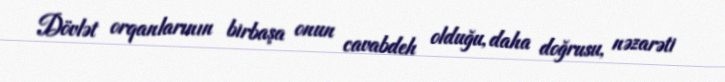
Dövlət orqanlarının birbaşa onun cavabdeh olduğu, daha doğrusu, nəzarəti